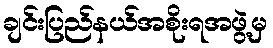
ချင်းပြည်နယ်အစိုးရအဖွဲ့မှ